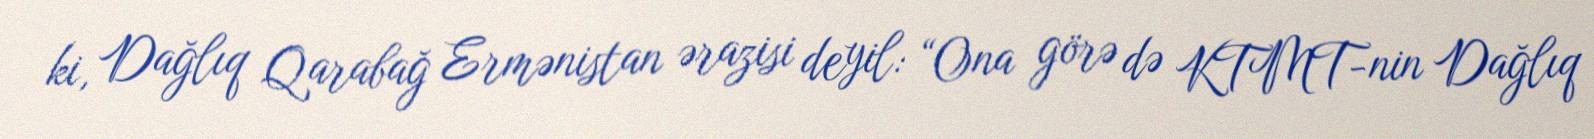
ki, Dağlıq Qarabağ Ermənistan ərazisi deyil: “Ona görə də KTMT-nin Dağlıq